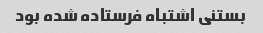
بستنی‌ اشتباه فرستاده شده بود